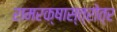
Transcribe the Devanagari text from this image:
रामरक्षास्त्रोत्र